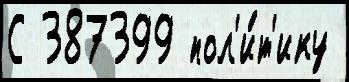
С 387399 пол'и́т'ику